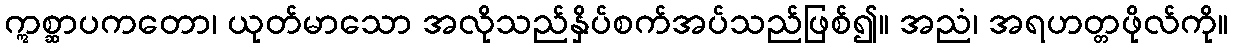
ဣစ္ဆာပကတော၊ ယုတ်မာသော အလိုသည်နှိပ်စက်အပ်သည်ဖြစ်၍။ အညံ၊ အရဟတ္တဖိုလ်ကို။